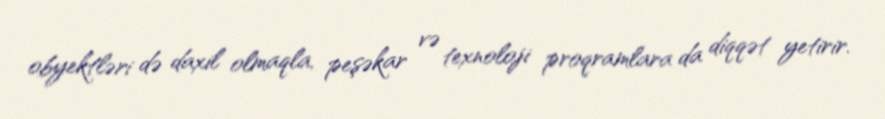
obyektləri də daxil olmaqla, peşəkar və texnoloji proqramlara da diqqət yetirir.